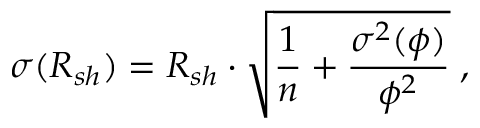
\sigma ( R _ { s h } ) = R _ { s h } \cdot \sqrt { \frac { 1 } { n } + \frac { \sigma ^ { 2 } ( \phi ) } { \phi ^ { 2 } } } \; ,